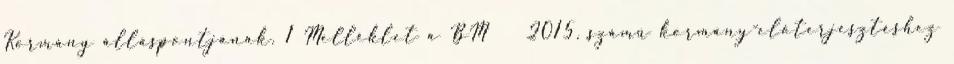
Kormány álláspontjának. 1 Melléklet a BM 2015. számú kormány-előterjesztéshez